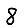
Digit: 8